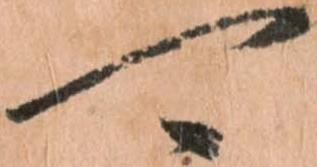
可